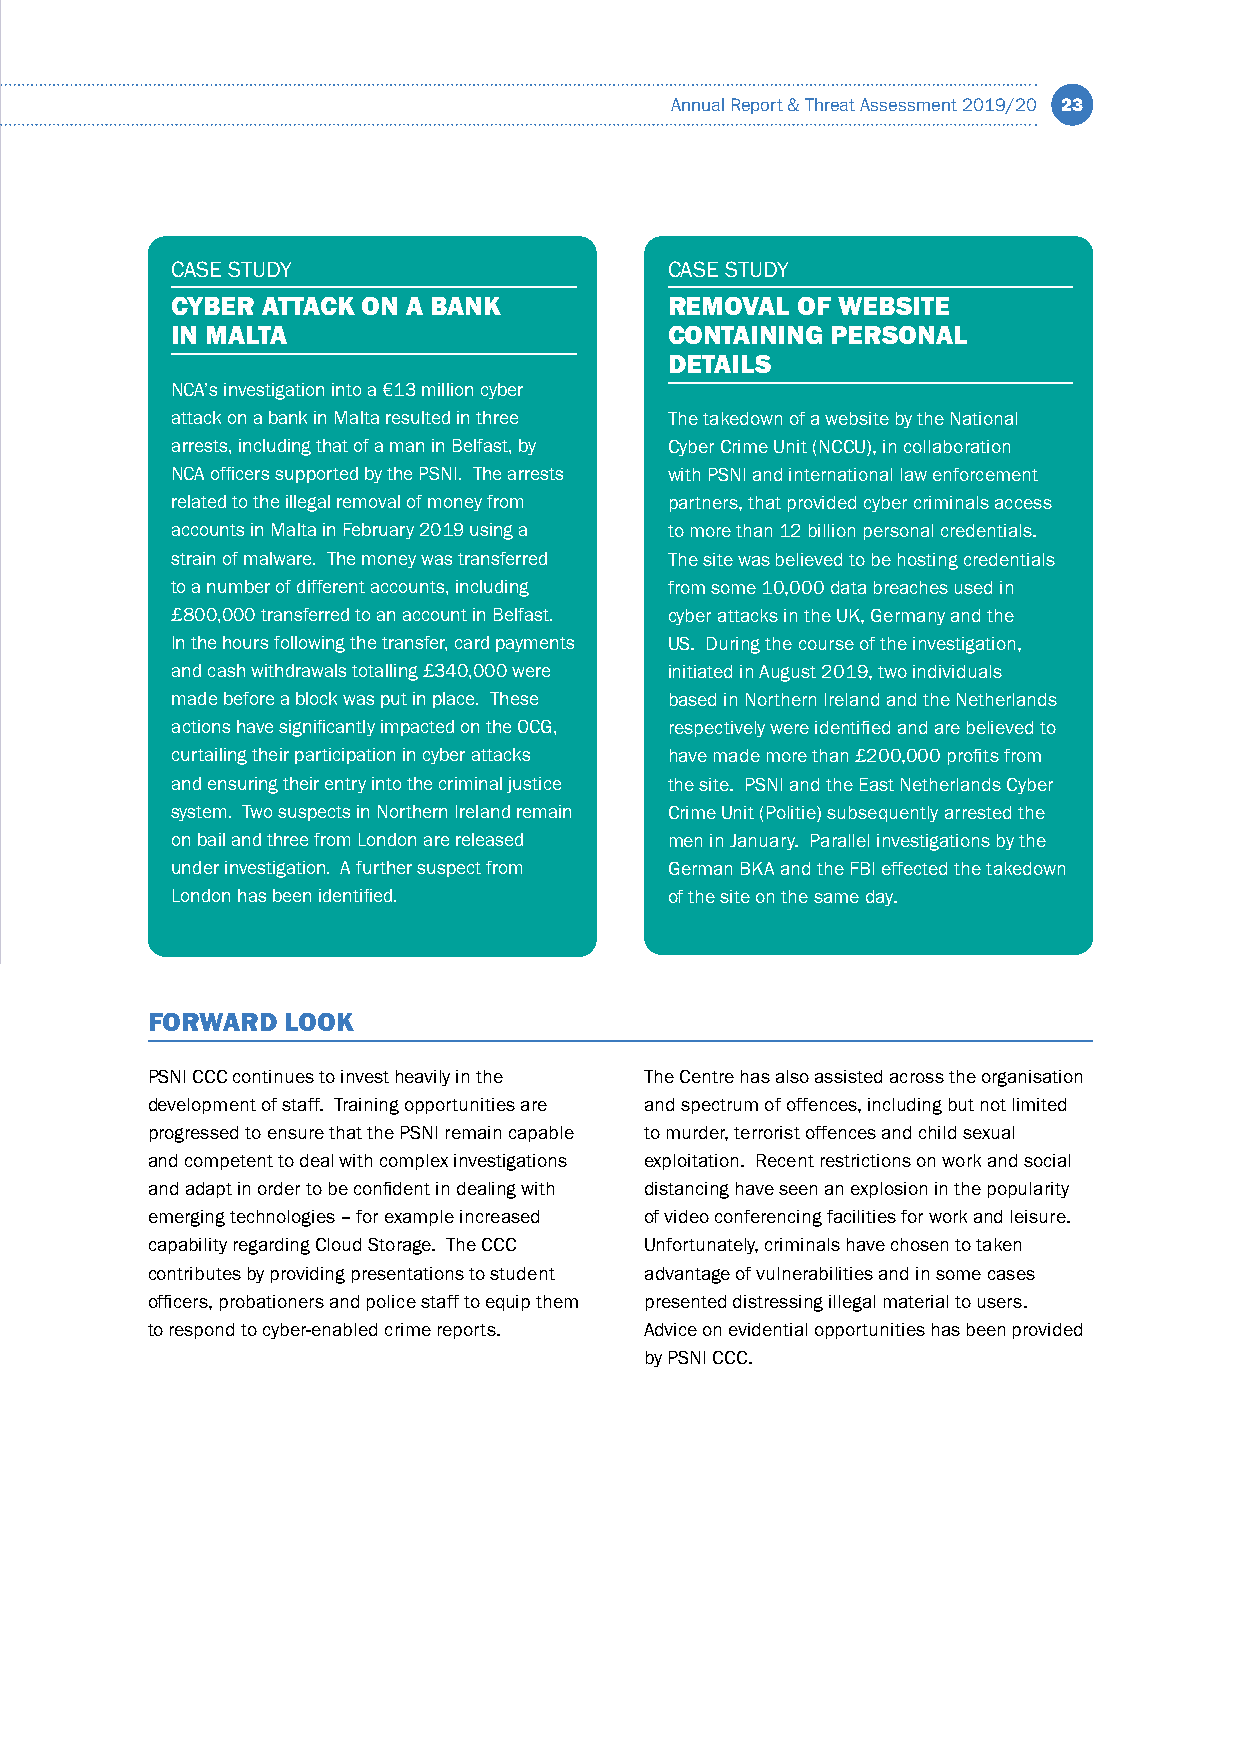
Annual Report & Threat Assessment 2019/20 23
 CASE STUDY                       CASE STUDY
 CYBER ATTACK ON A BANK           REMOVAL  OF WEBSITE
 IN MALTA                         CONTAINING PERSONAL
 DETAILS
 NCA’s investigation into a €13 million cyber
 attack on a bank in Malta resulted in three The takedown of a website by the National
 arrests, including that of a man in Belfast, by Cyber Crime Unit (NCCU), in collaboration
 NCA officers supported by the PSNI. The arrests with PSNI and international law enforcement
 related to the illegal removal of money from partners, that provided cyber criminals access
 accounts in Malta in February 2019 using a to more than 12 billion personal credentials.
 strain of malware. The money was transferred The site was believed to be hosting credentials
 to a number of different accounts, including from some 10,000 data breaches used in
 £800,000 transferred to an account in Belfast. cyber attacks in the UK, Germany and the
 In the hours following the transfer, card payments US. During the course of the investigation,
 and cash withdrawals totalling £340,000 were initiated in August 2019, two individuals
 made before a block was put in place. These based in Northern Ireland and the Netherlands
 actions have significantly impacted on the OCG, respectively were identified and are believed to
 curtailing their participation in cyber attacks have made more than £200,000 profits from
 and ensuring their entry into the criminal justice the site. PSNI and the East Netherlands Cyber
 system. Two suspects in Northern Ireland remain Crime Unit (Politie) subsequently arrested the
 on bail and three from London are released men in January. Parallel investigations by the
 under investigation. A further suspect from German BKA and the FBI effected the takedown
 London has been identified.      of the site on the same day.
 FORWARD  LOOK
 PSNI CCC continues to invest heavily in the The Centre has also assisted across the organisation
 development of staff. Training opportunities are and spectrum of offences, including but not limited
 progressed to ensure that the PSNI remain capable to murder, terrorist offences and child sexual
 and competent to deal with complex investigations exploitation. Recent restrictions on work and social
 and adapt in order to be confident in dealing with distancing have seen an explosion in the popularity
 emerging technologies – for example increased of video conferencing facilities for work and leisure.
 capability regarding Cloud Storage. The CCC Unfortunately, criminals have chosen to taken
 contributes by providing presentations to student advantage of vulnerabilities and in some cases
 officers, probationers and police staff to equip them presented distressing illegal material to users.
 to respond to cyber-enabled crime reports. Advice on evidential opportunities has been provided
 by PSNI CCC.